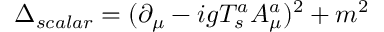
\Delta _ { s c a l a r } = ( \partial _ { \mu } - i g T _ { s } ^ { a } A _ { \mu } ^ { a } ) ^ { 2 } + m ^ { 2 }